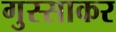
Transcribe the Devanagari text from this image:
गुस्साकर